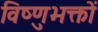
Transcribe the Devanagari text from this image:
विष्णुभक्तों